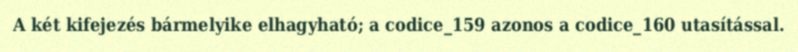
A két kifejezés bármelyike elhagyható; a codice_159 azonos a codice_160 utasítással.